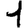
Digit: 1